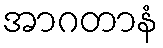
အာဂတာနံ